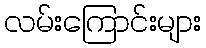
လမ်းကြောင်းများ